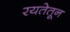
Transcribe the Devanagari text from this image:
रयतेतून